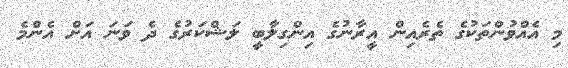
މި އެއްވުންތަކުގެ ތެރެއިން އީރާނުގެ އިންގިލާބީ ލަޝްކަރުގެ ދެ ވަނަ އަށް އެންމެ